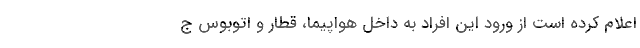
اعلام کرده است از ورود این افراد به داخل هواپیما، قطار و اتوبوس ج